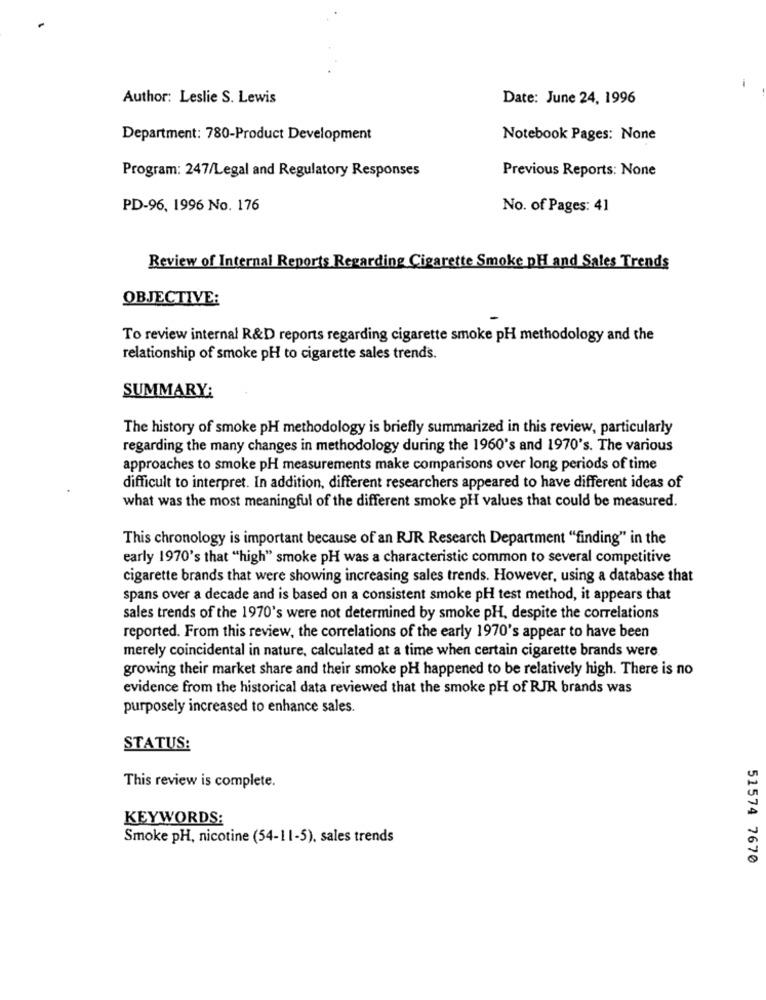
-
Author: Leslie S. Lewis
Date: June 24, 1996
Department: 780-Product Development
Notebook Pages: None
Program: 247/Legal and Regulatory Responses
Previous Reports: None
PD-96, 1996 No. 176
No. of Pages: 41
Review of Internal Reports Regarding Cigarette Smoke DH and Sales Trends
OBJECTIVE:
To review internal R&D reports regarding cigarette smoke pH methodology and the
relationship of smoke pH to cigarette sales trends.
SUMMARY:
The history of smoke pH methodology is briefly summarized in this review, particularly
regarding the many changes in methodology during the 1960's and 1970's. The various
approaches to smoke pH measurements make comparisons over long periods of time
difficult to interpret. In addition, different researchers appeared to have different ideas of
what was the most meaningful of the different smoke pH values that could be measured.
This chronology is important because of an RJR Research Department "finding" in the
early 1970's that "high" smoke pH was a characteristic common to several competitive
cigarette brands that were showing increasing sales trends. However, using a database that
spans over a decade and is based on a consistent smoke pH test method, it appears that
sales trends of the 1970's were not determined by smoke pH, despite the correlations
reported. From this review, the correlations of the early 1970's appear to have been
merely coincidental in nature, calculated at a time when certain cigarette brands were
growing their market share and their smoke pH happened to be relatively high. There is no
evidence from the historical data reviewed that the smoke pH of RJR brands was
purposely increased to enhance sales.
STATUS:
This review is complete.
KEYWORDS:
Smoke pH, nicotine (54-11-5), sales trends
51574 7670